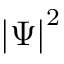
\left| \Psi \right| ^ { 2 }